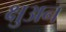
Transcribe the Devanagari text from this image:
क्षुअन